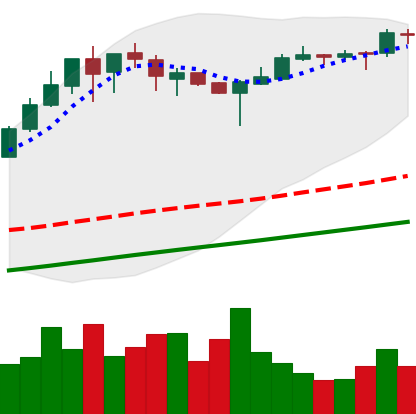
Ticker: BTC-USD
Chart end date: 2017-08-30
Forward return: -7.206%
Label: down_7plus